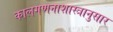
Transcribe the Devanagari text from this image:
कालगणनाशास्त्रानुसार